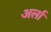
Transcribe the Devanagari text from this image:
अर्ला